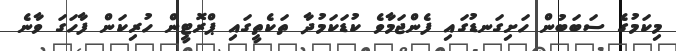
މިކަމުގެ ސަބަބުން ހަށިގަނޑުގައި ފެންޖަމާވެ ކުޑަކަމުދާ ތަކެތީގައި ޕްރޮޓީން ހުރިކަން ފާހަގަ ވާނެ